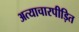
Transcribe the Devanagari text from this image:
अत्याचारपीड़ित